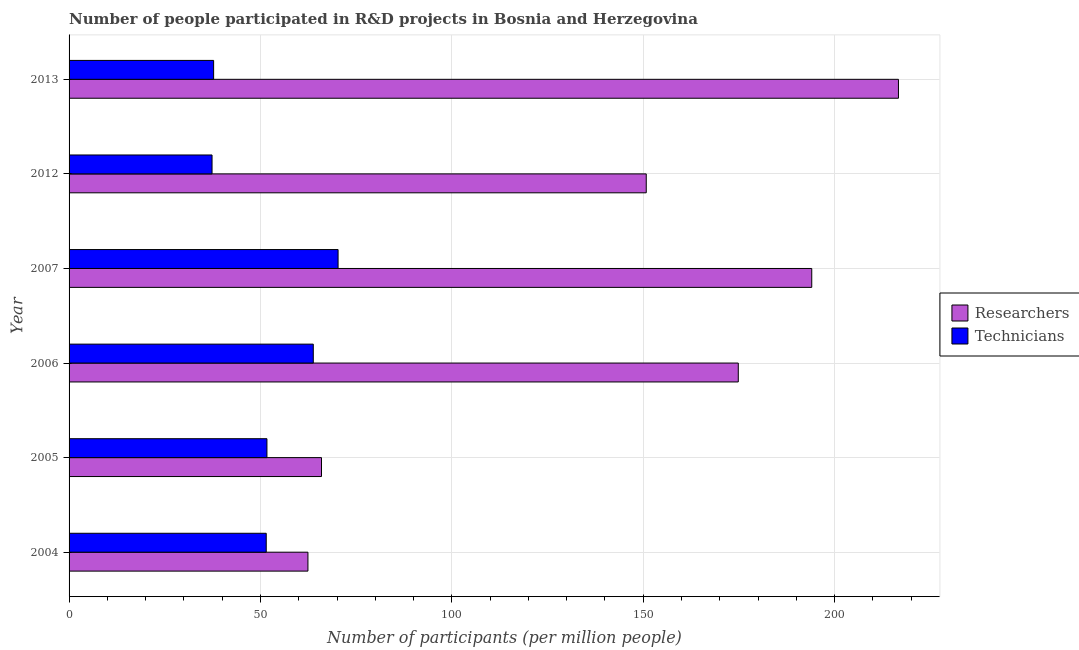
| Year | Researchers | Technicians |
 | --- | --- | --- |
 | 2004 | 62.4 | 51.5 |
 | 2005 | 66 | 51.7 |
 | 2006 | 175 | 63.8 |
 | 2007 | 194 | 70.3 |
 | 2012 | 151 | 37.4 |
 | 2013 | 217 | 37.8 |